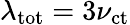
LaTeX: \lambda_{\mathrm{tot}}=3\nu_{\mathrm{ct}}